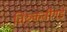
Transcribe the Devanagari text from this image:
तिरुकर्तीगई